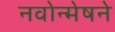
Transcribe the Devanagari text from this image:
नवोन्मेषने